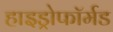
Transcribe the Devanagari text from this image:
हाइड्रोफॉर्मड